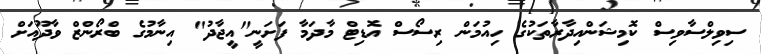
ސިވިލްސާވިސް ކޮމިޝަންއިދާރާތަކުގެ ހިއުމަން ރިސޯސް އޮޑިޓް މާދަމާ ފަށަނީ"އީޖާދު" އިނާމުގެ ބްރޯންޒް ވާދޫއަށް